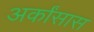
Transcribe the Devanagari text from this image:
अर्कांसास